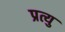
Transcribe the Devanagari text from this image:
प्रत्यु